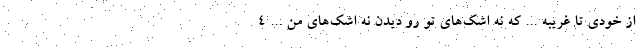
از خودی تا غریبه ... که نه اشک‌های تو رو دیدن نه اشک‌های من ... ۴